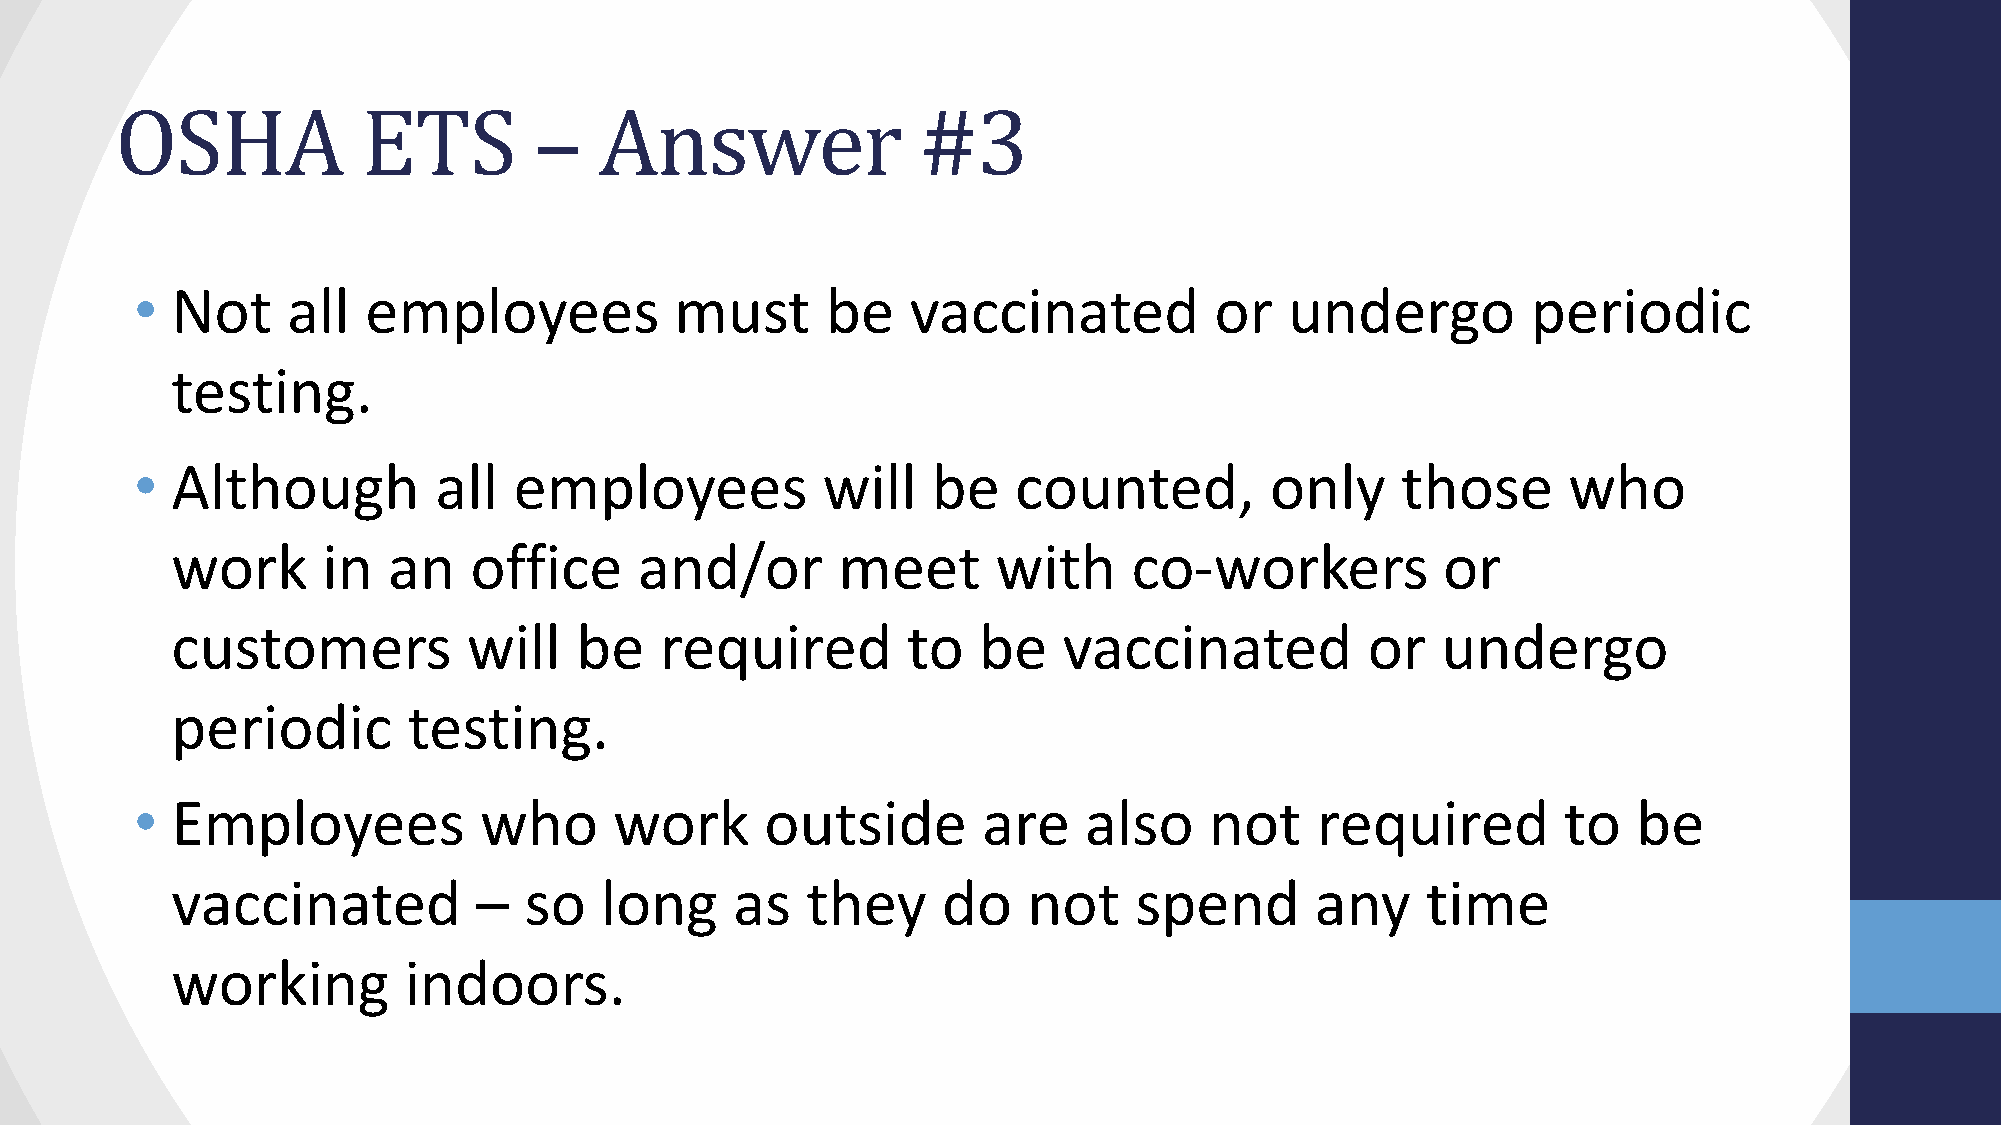
OSHA            ETS        –    Answer               #3
 • Not     all  employees            must      be   vaccinated          or   undergo         periodic
 testing.
 • Although          all  employees           will    be   counted,         only     those      who
 work      in   an   office     and/or       meet       with     co-workers          or
 customers           will   be    required        to   be   vaccinated           or  undergo
 periodic        testing.
 • Employees            who      work      outside       are    also    not    required         to  be
 vaccinated           –  so   long     as  they     do    not    spend       any    time
 working         indoors.